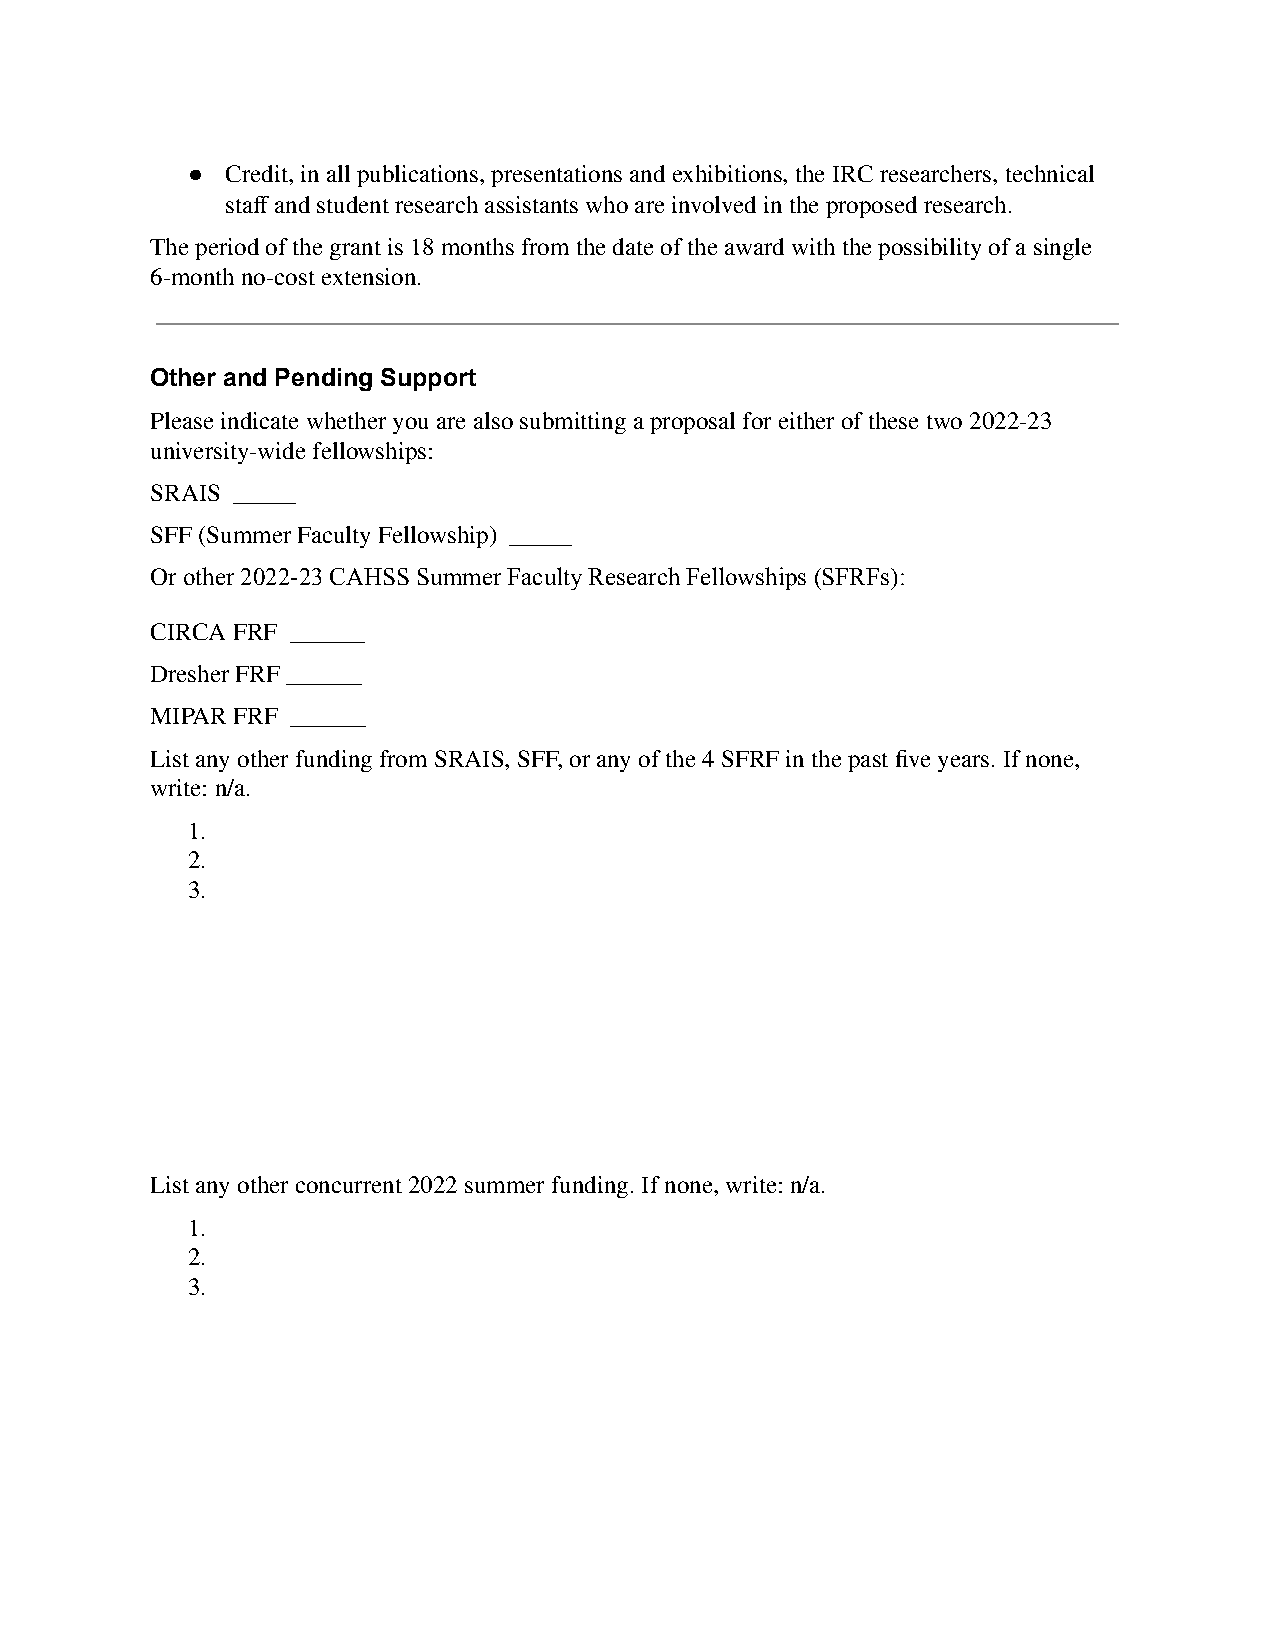
●  Credit, in all publications, presentations and exhibitions, the IRC researchers, technical
 staff and student research assistants who are involved in the proposed research.
 The period of the grant is 18 months from the date of the award with the possibility of a single
 6-month no-cost extension.
 Other and Pending Support
 Please indicate whether you are also submitting a proposal for either of these two 2022-23
 university-wide fellowships:
 SRAIS _____
 SFF (Summer Faculty Fellowship) _____
 Or other 2022-23 CAHSS Summer Faculty Research Fellowships(SFRFs):
 CIRCA FRF ______
 Dresher FRF ______
 MIPAR FRF ______
 List any other funding from SRAIS, SFF, or any of the 4 SFRF in the past five years. If none,
 write: n/a.
 1.
 2.
 3.
 List any other concurrent 2022 summer funding. If none, write: n/a.
 1.
 2.
 3.